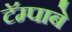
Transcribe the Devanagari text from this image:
टॅम्पाबे